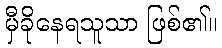
မှီခိုနေရသူသာ ဖြစ်၏။